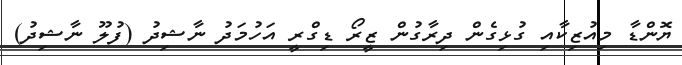
ޔޮންޑާ މިއުޒިކާއި ގުޅިގެން ދިރާގުން ޒީރޯ ޑިގްރީ އަހުމަދު ނާޝިދު (ފުލޫ ނާޝިދު)